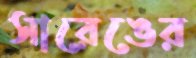
সারেঙের